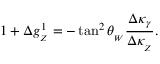
1 + \Delta g _ { _ Z } ^ { 1 } = - \tan ^ { 2 } \theta _ { _ W } \frac { \Delta \kappa _ { \gamma } } { \Delta \kappa _ { _ Z } } .